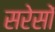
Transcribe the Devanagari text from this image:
सरेसों